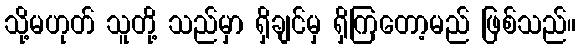
သို့မဟုတ် သူတို့ သည်မှာ ရှိချင်မှ ရှိကြတော့မည် ဖြစ်သည်။